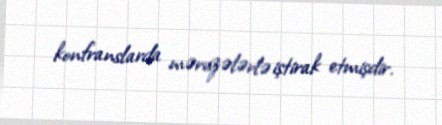
konfranslarda məruzələrlə iştirak etmişdir.